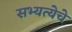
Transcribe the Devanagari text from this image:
सभ्यत्येचे